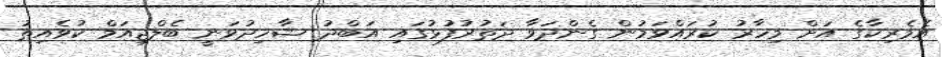
އެމެރިކާގެ އަށް މިހާރު ކުރައްވަމުން ގެންދަވާ ދަތުރުފުޅުގައި އަބްދު ޝާހިދުވަނީ ބެލްޖިއަމް ކުވެއިތު